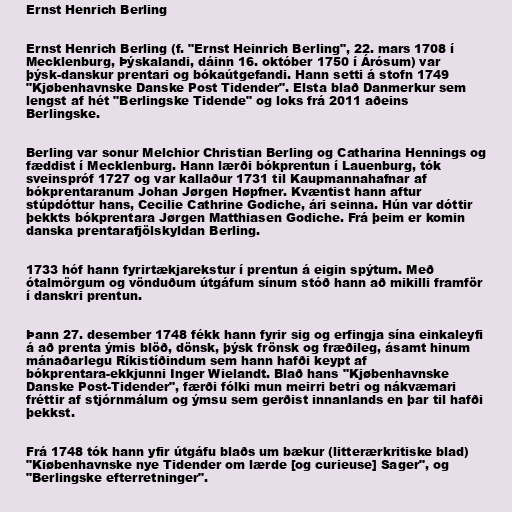
Ernst Henrich Berling

Ernst Henrich Berling (f. "Ernst Heinrich Berling", 22. mars 1708 í
Mecklenburg, Þýskalandi, dáinn 16. október 1750 í Árósum) var
þýsk-danskur prentari og bókaútgefandi. Hann setti á stofn 1749
"Kjøbenhavnske Danske Post Tidender". Elsta blað Danmerkur sem
lengst af hét "Berlingske Tidende" og loks frá 2011 aðeins
Berlingske.

Berling var sonur Melchior Christian Berling og Catharina Hennings og
fæddist í Mecklenburg. Hann lærði bókprentun í Lauenburg, tók
sveinspróf 1727 og var kallaður 1731 til Kaupmannahafnar af
bókprentaranum Johan Jørgen Høpfner. Kvæntist hann aftur
stúpdóttur hans, Cecilie Cathrine Godiche, ári seinna. Hún var dóttir
þekkts bókprentara Jørgen Matthiasen Godiche. Frá þeim er komin
danska prentarafjölskyldan Berling.

1733 hóf hann fyrirtækjarekstur í prentun á eigin spýtum. Með
ótalmörgum og vönduðum útgáfum sínum stóð hann að mikilli framför
í danskri prentun.

Þann 27. desember 1748 fékk hann fyrir sig og erfingja sína einkaleyfi
á að prenta ýmis blöð, dönsk, þýsk frönsk og fræðileg, ásamt hinum
mánaðarlegu Ríkistíðindum sem hann hafði keypt af
bókprentara-ekkjunni Inger Wielandt. Blað hans "Kjøbenhavnske
Danske Post-Tidender", færði fólki mun meirri betri og nákvæmari
fréttir af stjórnmálum og ýmsu sem gerðist innanlands en þar til hafði
þekkst.

Frá 1748 tók hann yfir útgáfu blaðs um bækur (litterærkritiske blad)
"Kiøbenhavnske nye Tidender om lærde [og curieuse] Sager", og
"Berlingske efterretninger".